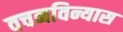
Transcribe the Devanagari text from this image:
वचनविन्यास